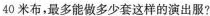
40米布，最多能做多少套这样的演出服?